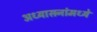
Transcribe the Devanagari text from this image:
अध्यासनांमध्ये